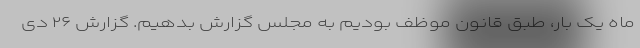
ماه یک بار، طبق قانون موظف بودیم به مجلس گزارش بدهیم. گزارش ۲۶ دی